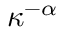
\kappa ^ { - \alpha }